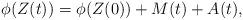
LaTeX: \begin{align*}\phi(Z(t))=\phi(Z(0))+M(t)+A(t),\end{align*}